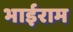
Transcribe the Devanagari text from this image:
भाईराम